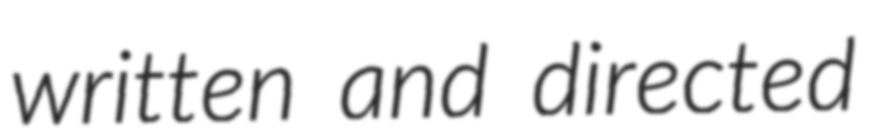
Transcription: written and directed